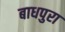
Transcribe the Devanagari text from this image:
बाधपुरा